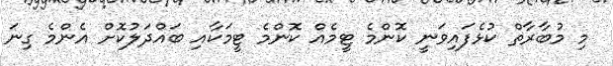
މި މުބާރާތް ކުޅެފައިވަނީ ކޮންމެ ޓީމެއް ކޮންމެ ޓީމަކާއި ބައްދަލުކޮށް އެންމެ ގިނަ